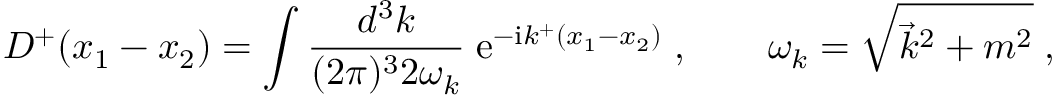
D ^ { + } ( x _ { 1 } - x _ { 2 } ) = \int \frac { d ^ { 3 } k } { ( 2 \pi ) ^ { 3 } 2 \omega _ { k } } \; \mathrm { e } ^ { - \mathrm { i } k ^ { + } ( x _ { 1 } - x _ { 2 } ) } \; , \qquad \omega _ { k } = \sqrt { \vec { k } ^ { 2 } + m ^ { 2 } } \; ,